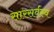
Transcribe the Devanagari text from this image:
सारसर्वस्व